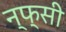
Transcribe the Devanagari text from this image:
न्फ्सी